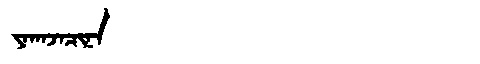
Manchu: ᠶᠠᡴᠠᠵᠠᠴᡳᠨᠠ
Romanization: YAKAJACINA